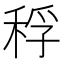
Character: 稃